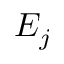
E _ { j }